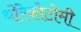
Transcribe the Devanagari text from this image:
थोरेकोटोमी